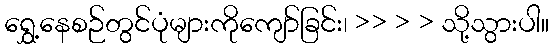
ရွှေ့နေစဉ်တွင်ပုံများကိုကျော်ခြင်း၊ >> > > သို့သွားပါ။